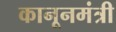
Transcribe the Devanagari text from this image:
कानूनमंत्री